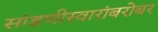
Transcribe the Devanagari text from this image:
सांडणीस्वारांबरोबर